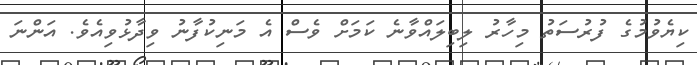
ކިޔެވުމުގެ ފުރުސަތު މިހާރު ލިބިލައްވާނެ ކަމަށް ވެސް އެ މަނިކުފާނު ވިދާޅުވިއެވެ. އަންނަ